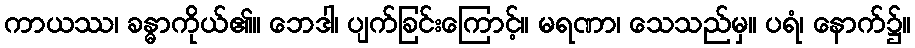
ကာယဿ၊ ခန္ဓာကိုယ်၏။ ဘေဒါ၊ ပျက်ခြင်းကြောင့်။ မရဏာ၊ သေသည်မှ။ ပရံ၊ နောက်၌။